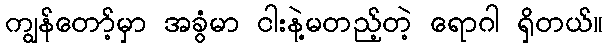
ကျွန်တော့်မှာ အခွံမာ ငါးနဲ့မတည့်တဲ့ ရောဂါ ရှိတယ်။